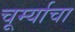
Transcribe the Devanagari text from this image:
चूर्म्याचा